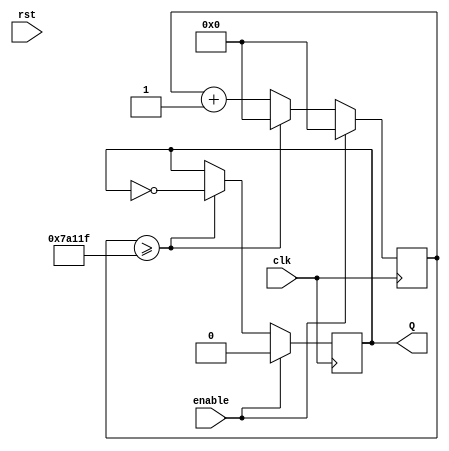
`timescale 1ns / 1ps
//////////////////////////////////////////////////////////////////////////////////
// Company: 
// Engineer: 
// 
// Design Name: 
// Module Name: clock_5hz
// Project Name: 
// Target Devices: 
// Tool Versions: 
// Description: 
// 
// Dependencies: 
// 
// Revision:
// Revision 0.01 - File Created
// Additional Comments:
// 
//////////////////////////////////////////////////////////////////////////////////


module clock_5hz(
    input clk,enable,rst,
    output reg Q
    );
    reg [22:0]cnt;
    always @ (posedge clk)
    begin
        if (enable)
        begin
            Q<=0;
            cnt<=23'd0;
        end
        else if (cnt>=23'd499999)
        begin
            Q<=~Q;
            cnt<=23'd0;
        end
        else 
            cnt=cnt+23'd1;
    end
endmodule